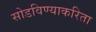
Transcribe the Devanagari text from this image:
सोडविण्याकरिता